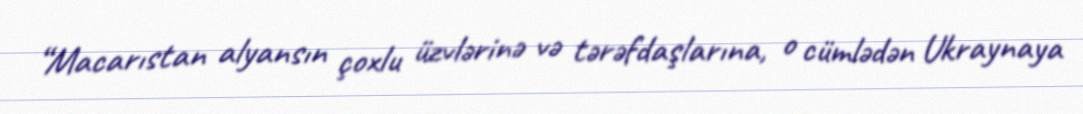
“Macarıstan alyansın çoxlu üzvlərinə və tərəfdaşlarına, o cümlədən Ukraynaya